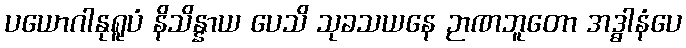
ပယောဂါနုရူပံ နိသိန္နာယ ပေသိ သုခသယနေ ဉာဏဘူတော အဒ္ဓါနံပေ